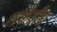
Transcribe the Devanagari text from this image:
सकेंद्रीय